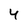
Character: 4